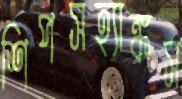
শিপসহ্যাঙ্কস